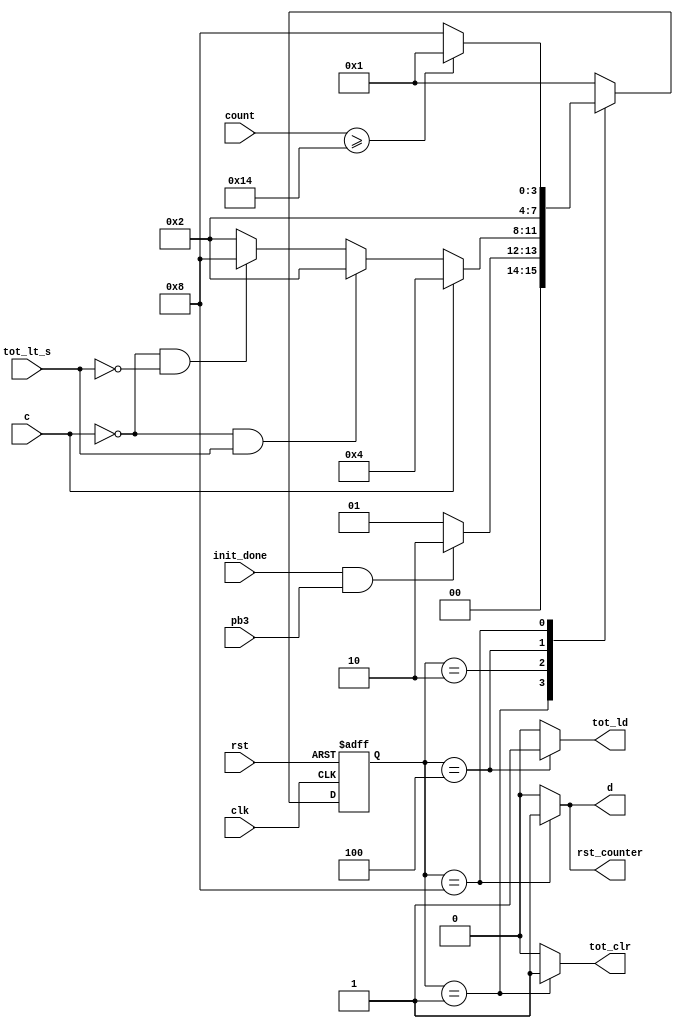
`timescale 1ns / 1ps
//////////////////////////////////////////////////////////////////////////////////
// Company: 
// 
// Design Name: 
// Module Name: soda_fsm
// Project Name: 
// Target Devices: 
// Tool Versions: 
// Description: soda machine finite state machine
// 
// Dependencies: 
// 
// Revision:
// Revision 0.01 - File Created
// Additional Comments:
// 
//////////////////////////////////////////////////////////////////////////////////


module soda_fsm (
    input clk, // clock signal
    input rst, // reset signal 
    input tot_lt_s, // comparator output (total is less than value of soda)
    input c, // coin deposited signal
    input [4:0] count, // output from counter (used to delay dispense signal)
    output reg d, // dispense signal
    output reg rst_counter, // signal used to reset counter
    output reg tot_clr, // clear total amount register
    output reg tot_ld, // load register with coin value signal
    // OLED-related control signals
    input init_done, // OLED is done initializing
    input pb3 // pushbutton 3 signal
    );
   
   // defining FSM states (one hot encoding)
   parameter init = 4'b0001; // initial state
   parameter listen = 4'b0010; // wait for input coin
   parameter add = 4'b0100; // add value of coin to total
   parameter disp = 4'b1000; // if total is greater than or equal to soda value, dispense 
   
   reg [3:0] state, next_state; // state registers
   
   // synchronous state transition
   always @(posedge  clk, negedge rst) begin: state_register
    if(!rst) // det == 0
    state <= init; // going back to initial state
    
    else
    state <= next_state; // go to next state
    end
   
   // state transitions
   always @(state, c, tot_lt_s, init_done, count, pb3) begin: next_state_logic
   next_state = state;
    case(state)
    init: begin // always go to listen state
        if (init_done && pb3)
        next_state = listen;
        else
        next_state = init;                       
    end
    
    listen: begin
        if (c)
        next_state = add;
        else if (!c && tot_lt_s)
        next_state = listen;
        else if (!c && !tot_lt_s)
        next_state = disp;
        else
        next_state = listen;
    end
    
    add: begin
        next_state = listen;
    end
    
    disp: begin
        if (count >= 5'd20)
        next_state = init;
        else
        next_state = disp;
    end
    
    default : next_state = init;
    endcase 
    
   end
   
   // setting moore outputs
   always @(state) begin: moore_outputs
   // default values
   d <= 0;
   tot_clr <= 0;
   tot_ld <= 0;
   rst_counter <= 0;
    case(state)
    init: begin 
        d <= 0;
        tot_clr <= 1;
    end
    
    listen: begin
        
    end
    
    add: begin
        tot_ld <= 1;
    end
    
    disp: begin
        d <= 1;
        rst_counter <= 1;
    end
    
    default: d <= 0;
    endcase
   end
endmodule